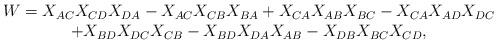
LaTeX: \begin{align*}\begin{array}{c}W = X_{AC}X_{CD}X_{DA} - X_{AC}X_{CB}X_{BA} + X_{CA}X_{AB}X_{BC}- X_{CA}X_{AD}X_{DC} \\+ X_{BD}X_{DC}X_{CB} - X_{BD}X_{DA}X_{AB}- X_{DB}X_{BC}X_{CD},\end{array}\end{align*}